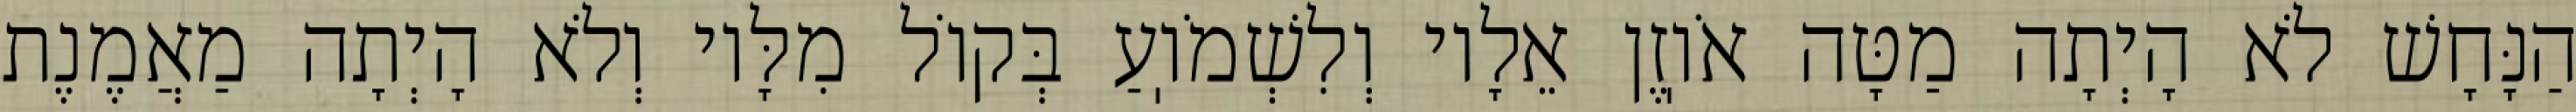
הַנָּחָשׁ לֹא הָיְתָה מַטָּה אֹוֽזֶן אֵלָיו וְלִשְׁמֹוֽעַ בְּקוֹל מִלָּיו וְלֹא הָיְתָה מַאֲמֶנֶת